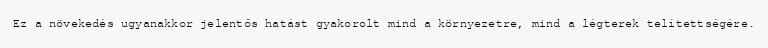
Ez a növekedés ugyanakkor jelentős hatást gyakorolt mind a környezetre, mind a légterek telítettségére.